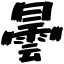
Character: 曇